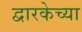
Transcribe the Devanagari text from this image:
द्वारकेच्या